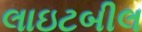
લાઇટબીલ